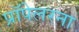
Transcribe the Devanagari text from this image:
प्रॉपेलरना